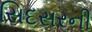
સિદસરની